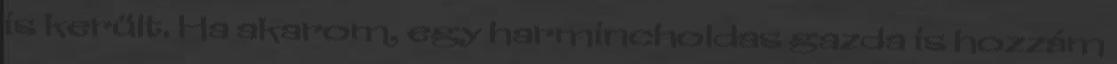
is került. Ha akarom, egy harmincholdas gazda is hozzám